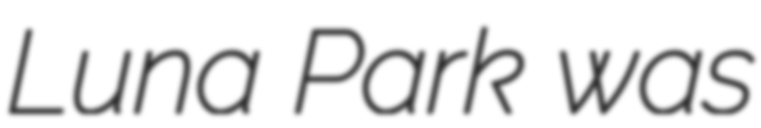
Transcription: Luna Park was